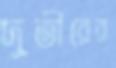
দুতীরের